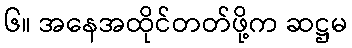
၆။ အနေအထိုင်တတ်ဖို့က ဆဋ္ဌမ